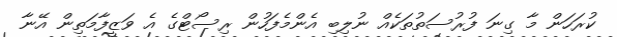
ކުރަހަން މާ ގިނަ ފުރުސަތުތަކެއް ނުލިބި އެންމެފަހުން ރިސޯޓްގެ އެ ވަޒީފާމަތިން އޭނާ